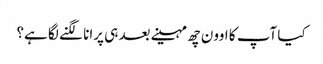
کیا آپ کا اوون چھ مہینے بعد ہی پرانا لگنے لگا ہے؟